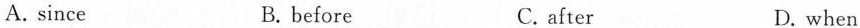
A. since B. before C. after D. when